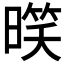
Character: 𣉧